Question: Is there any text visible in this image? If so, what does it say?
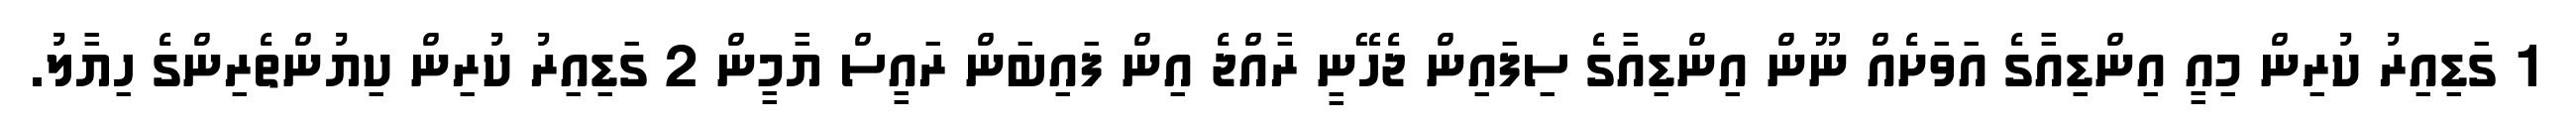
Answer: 1 ގަޑިއިރު ކުރިން މިއީ އިންޑިއާގެ އަވަށެއް ނޫން އިންޑިއާގެ ސިފައިން ޖެހޭނީ ރާއްޖެ އިން ފައިބަން ރައީސް ޔާމީން 2 ގަޑިއިރު ކުރިން ކިޔުންތެރިންގެ ހިޔާލު.